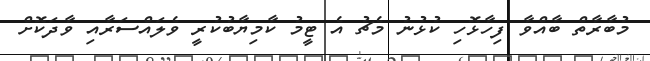
މުބާރާތް ބާއްވާ ފިހާޅޮހި ކުޅުނު މެޗު އެ ޓީމު ކާމިޔާބުކުރީ ވެލައްސަރާއި ވާދަކޮށް